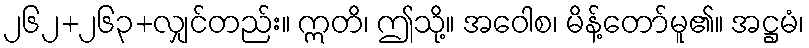
၂၆၂+၂၆၃+လျှင်တည်း။ ဣတိ၊ ဤသို့။ အဝေါစ၊ မိန့်တော်မူ၏။ အဋ္ဌမံ၊